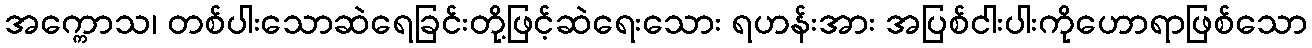
အက္ကောသ၊ တစ်ပါးသောဆဲရေခြင်းတို့ဖြင့်ဆဲရေးသေား ရဟန်းအား အပြစ်ငါးပါးကိုဟောရာဖြစ်သော